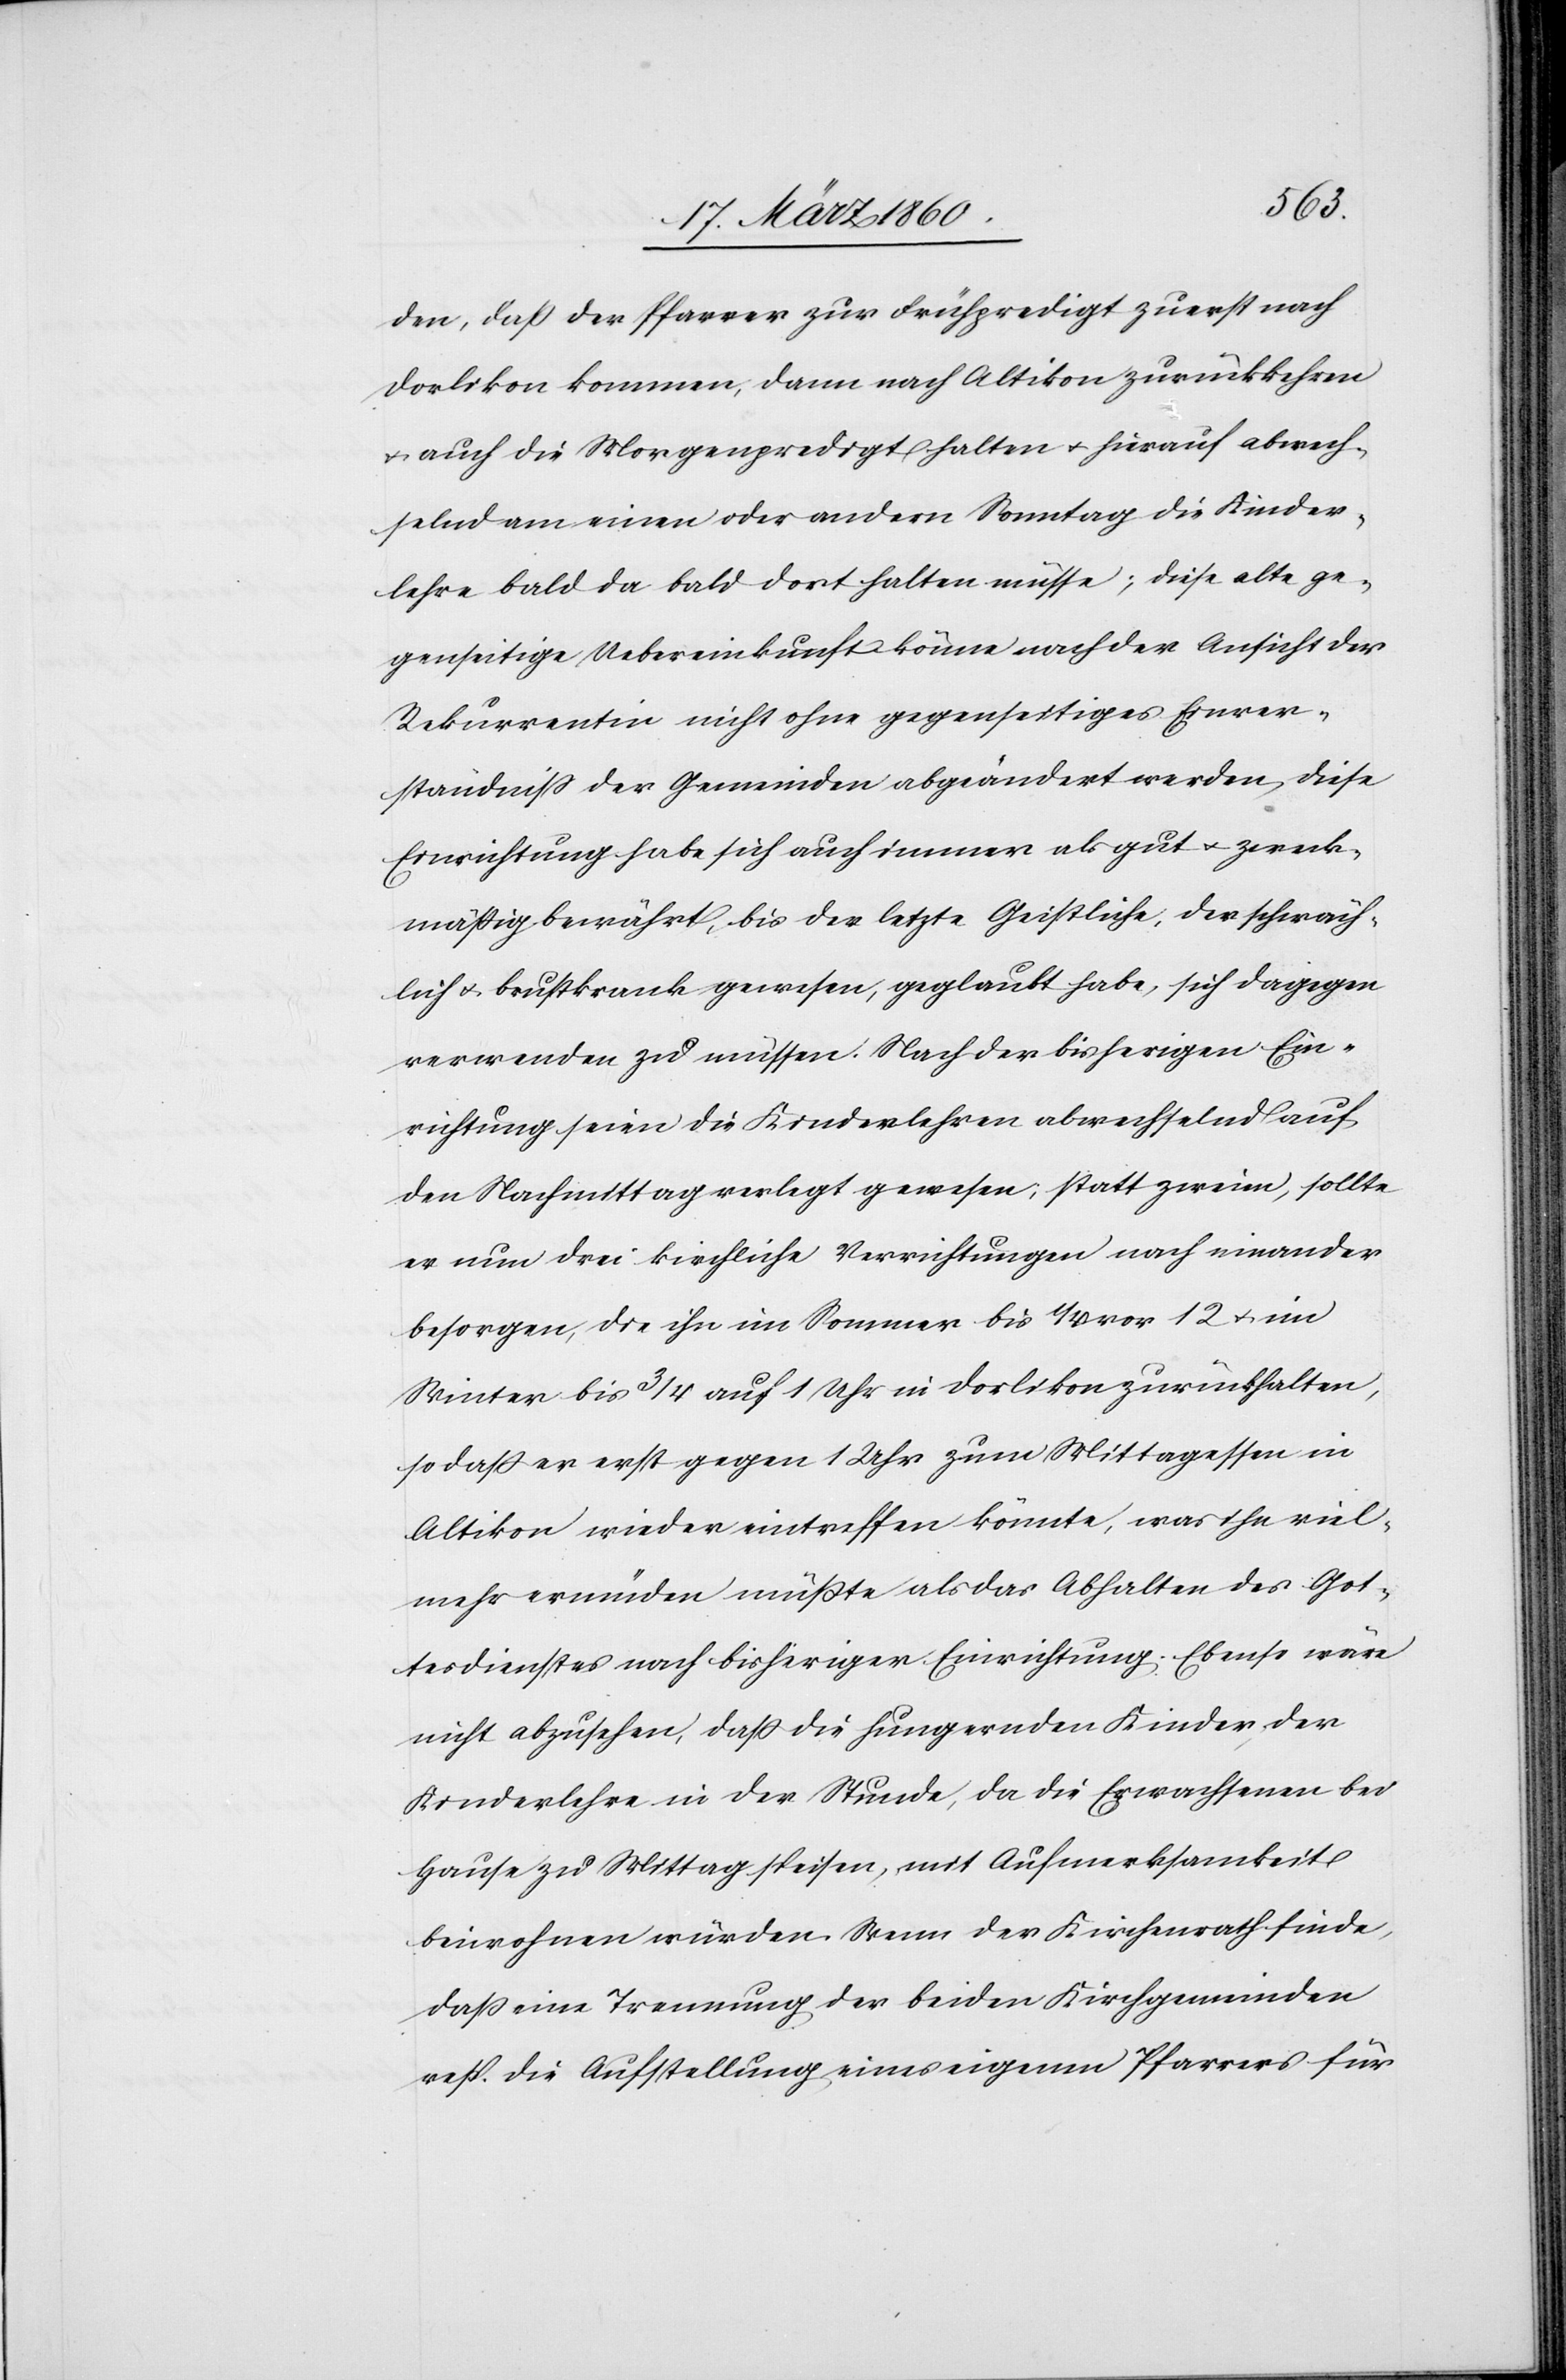
den, dass der Pfarrer zur Frühpredigt zuerst nach
Dorlikon kommen, dann nach Altikon zurückkehren
u. auch die Morgenpredigt halten u. hierauf abwech¬
selnd am einen oder andern Sonntag die Kinder¬
lehre bald da bald dort halten müsse; diese alte ge¬
genseitige Uebereinkunft könne nach der Ansicht der
Rekurrentin nicht ohne gegenseitiges Einver¬
ständniss der Gemeinden abgeändert werden, diese
Einrichtung habe sich auch immer als gut u. zweck¬
mässig bewährt, bis der letzte Geistliche, der schwäch¬
lich u. brustkrank gewesen, geglaubt habe, sich dagegen
verwenden zu müssen. Nach der bisherigen Ein¬
richtung seien die Kinderlehren abwechselnd auf
den Nachmittag verlegt gewesen; statt zweier, sollte
er nun drei kirchliche Verrichtungen nach einander
besorgen, die ihn im Sommer bis 1/4 vor 12 u. im
Winter bis 3/4 auf 1 Uhr in Dorlikon zurückhalten,
so dass er erst gegen 1 Uhr zum Mittagessen in
Altikon wieder eintreffen könnte, was ihn viel¬
mehr ermüden müsste als das Abhalten des Got¬
tesdienstes nach bisheriger Einrichtung. Ebenso wäre
nicht abzusehen, dass die hungernden Kinder, der
Kinderlehre in der Stunde, da die Erwachsenen bei
Hause zu Mittag speisen, mit Aufmerksamkeit
beiwohnen würden. Wenn der Kirchenrath finde,
dass eine Trennung der beiden Kirchgemeinden
resp. die Aufstellung eines eigenen Pfarrers für